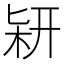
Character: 𠤡